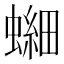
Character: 𫋘